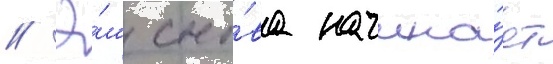
// Э́ш сно́ва начина́ет